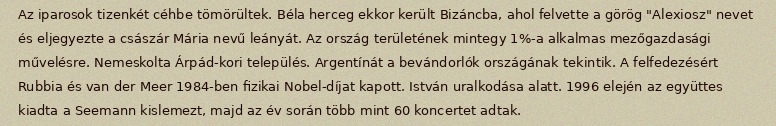
Az iparosok tizenkét céhbe tömörültek. Béla herceg ekkor került Bizáncba, ahol felvette a görög "Alexiosz" nevet és eljegyezte a császár Mária nevű leányát. Az ország területének mintegy 1%-a alkalmas mezőgazdasági művelésre. Nemeskolta Árpád-kori település. Argentínát a bevándorlók országának tekintik. A felfedezésért Rubbia és van der Meer 1984-ben fizikai Nobel-díjat kapott. István uralkodása alatt. 1996 elején az együttes kiadta a Seemann kislemezt, majd az év során több mint 60 koncertet adtak.